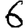
Digit: 6